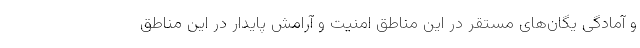
و آمادگی یگان‌های مستقر در این مناطق امنیت و آرامش پایدار در این مناطق